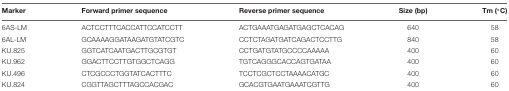
<table><thead><tr><td><b>Marker</b></td><td><b>Forward primer sequence</b></td><td><b>Reverse primer sequence</b></td><td><b>Size (bp)</b></td><td><b>Tm (°C)</b></td></tr></thead><tbody><tr><td>6AS-LM</td><td>ACTCCTTTCACCATTCCATCCTT</td><td>ACTGAAATGAGATGAGCTCACAG</td><td>640</td><td>58</td></tr><tr><td>6AL-LM</td><td>GCAAAAGGATAAGATGTATCGTC</td><td>CCTCTAGATGATCAGACTCCTTG</td><td>840</td><td>58</td></tr><tr><td>KU.825</td><td>GGTCATCAATGACTTGCGTGT</td><td>CCTGATGTATGCCCCAAAAA</td><td>400</td><td>60</td></tr><tr><td>KU.962</td><td>GGACTTCCTTGTGGCTCAGG</td><td>TGTCAGGGCACCAGTGATAA</td><td>400</td><td>60</td></tr><tr><td>KU.496</td><td>CTCGCCCTGGTATCACTTTC</td><td>TCCTCGCTCCTAAAACATGC</td><td>400</td><td>60</td></tr><tr><td>KU.824</td><td>CGGTTAGCTTTAGCCACGAC</td><td>GCACGTGAATGAAATCGTTG</td><td>400</td><td>60</td></tr></tbody></table>